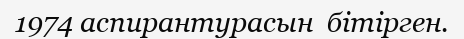
1974 аспирантурасын  бітірген.